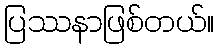
ပြဿနာဖြစ်တယ်။